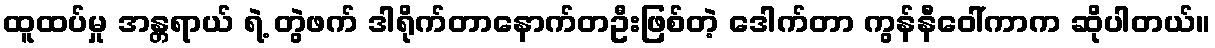
ထူထပ်မှု အန္တရာယ် ရဲ့ တွဲဖက် ဒါရိုက်တာနောက်တဦးဖြစ်တဲ့ ဒေါက်တာ ကွန်နီဝေါ်ကာက ဆိုပါတယ်။